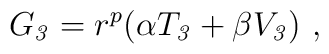
G_{\it 3} = r^p (\alpha T_{\it 3} +\beta V_{\it 3} )\ ,